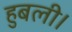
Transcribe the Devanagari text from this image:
हुबली।